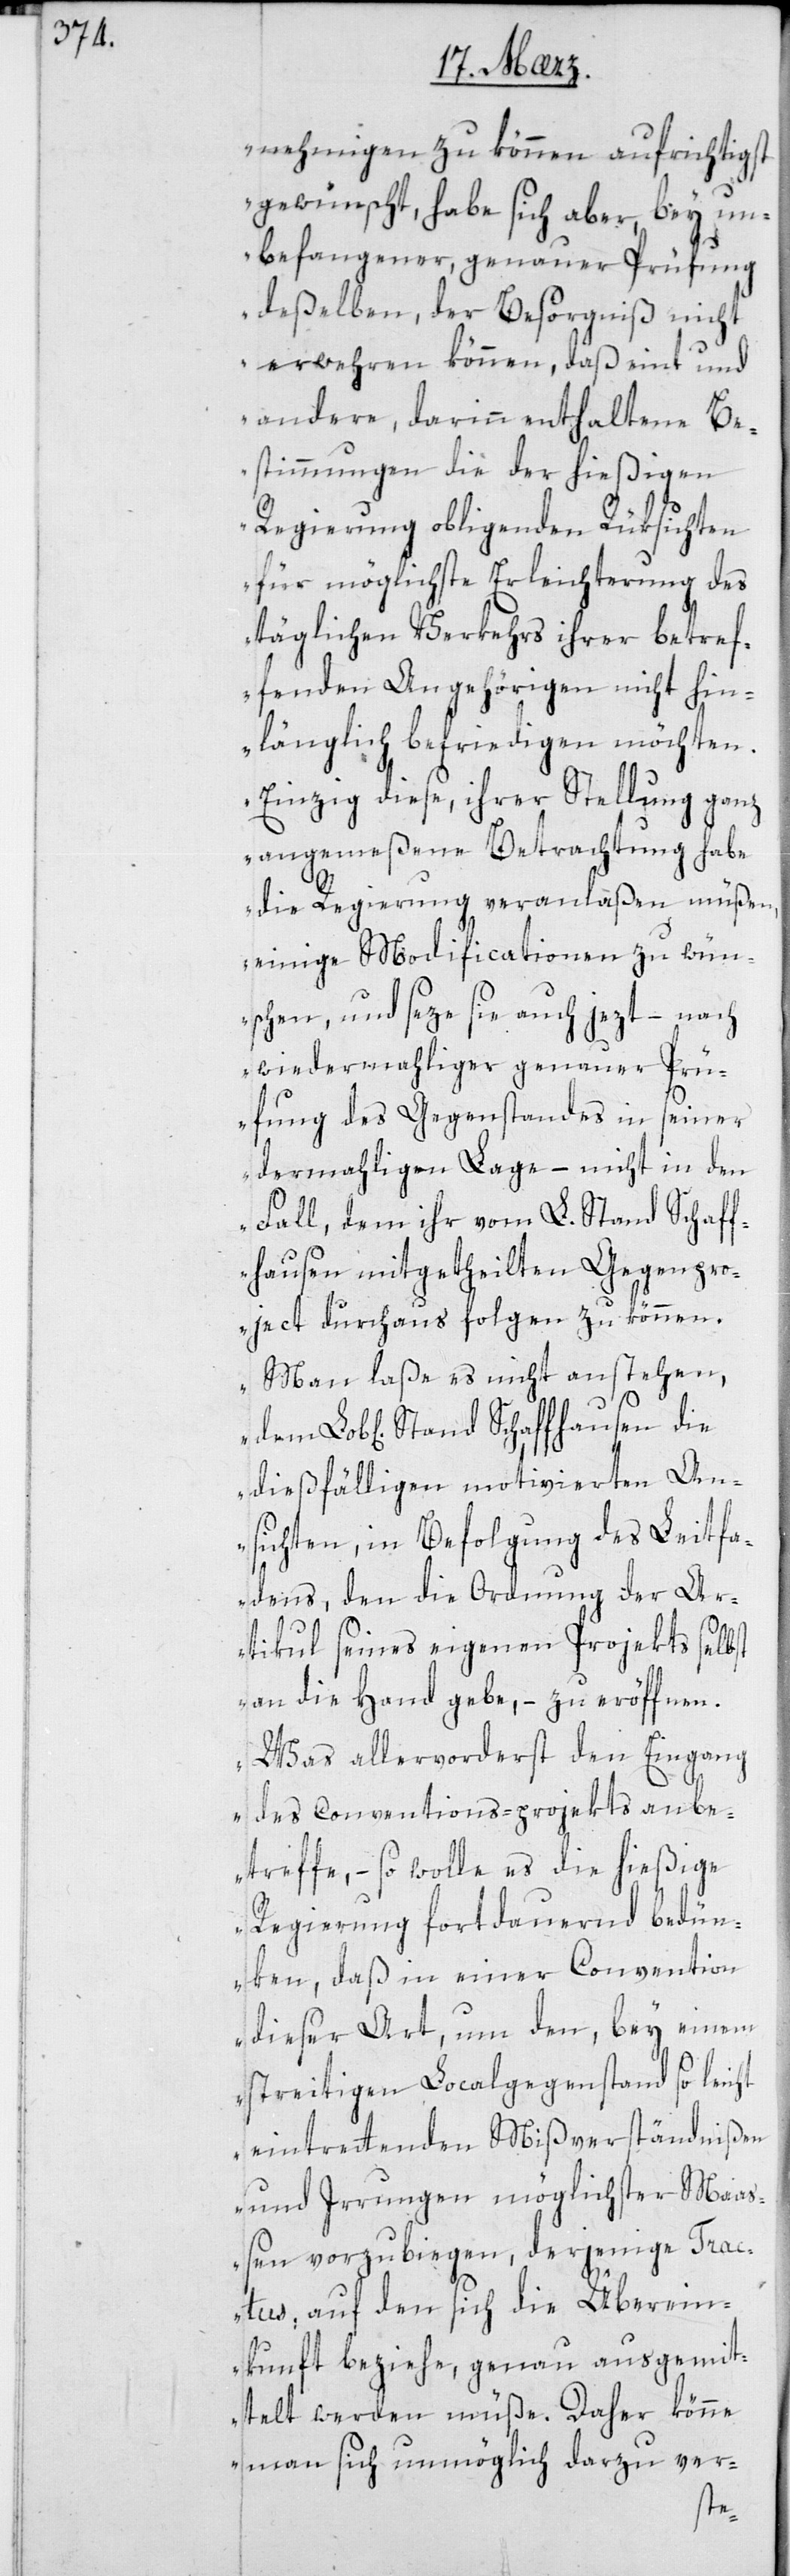
nehmigen zu können aufrichtigst
gewünscht, habe sich aber, bey un¬
befangener genauer Prüfung
deßelben, der Besorgniß nicht
erwehren können, daß eint und
andere, darinn enthaltene Be¬
stimmungen die der hießigen
Regierung obliegenden Rüksichten
für möglichste Erleichterung des
täglichen Verkehrs ihrer betref¬
fenden Angehörigen nicht hin¬
länglich befriedigen möchten.
Einzig diese, ihrer Stellung ganz
angemeßene Betrachtung habe
die Regierung veranlaßen müßen,
einige Modificationen zu wün¬
schen, und sete sie auch jezt, – nach
wiedermahliger genauer Prü¬
fung des Gegenstandes in seiner
dermahligen Lage, – nicht in den
Fall, dem ihr vom L. Stand Schaff¬
hausen mitgetheilten Gegenpro¬
ject durchaus folgen zu können.
Man laße es nicht anstehen,
dießfälligen motivierten An¬
sichten, in Befolgung des Leitfa¬
dens, den die Ordnung der Ar¬
tikul seines eigenen Projekts selbst
an die Hand gebe, – zu eröffnen.
Was allervorderst den Eingang
des Conventions-projekts anbe¬
treffe, – so wolle es die hießige
Regierung fortdauernd bedün¬
ken, daß in einer Convention
dieser Art, um den bey einem
streitigen Localgegenstand so leicht
eintretenden Mißverständnißen
und Irrungen möglichser Maa¬
ßen vorzubiegen, derjenige Trac¬
tus, auf den sich die Überein¬
kunft beziehe, genau ausgemit¬
telt werden müße. Daher könne
man sich unmöglich darzu ver-